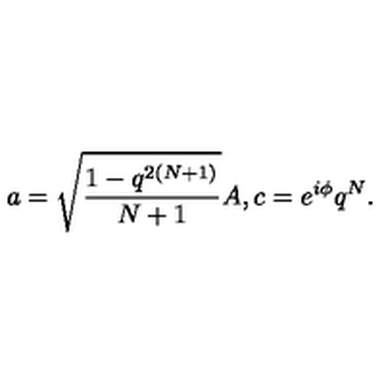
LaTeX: a = \sqrt { \frac { 1 - q ^ { 2 ( N + 1 ) } } { N + 1 } } A , c = e ^ { i \phi } q ^ { N } .